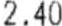
2.40